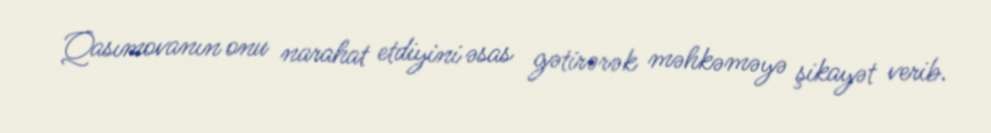
Qasımovanın onu narahat etdiyini əsas gətirərək məhkəməyə şikayət verib.